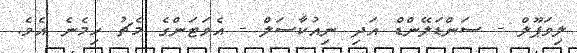
ލިވަޕޫލް - ސަންޑަލޭންޑް އަދި ނިއުކާސަލް - އެވަޓަންގެ މެޗު ހިމެނެ އެވެ.